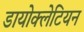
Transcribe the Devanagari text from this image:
डायोक्लेटियन